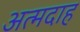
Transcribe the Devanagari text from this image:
अत्मदाह